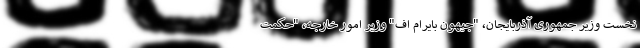
نخست وزیر جمهوری آذربایجان، "جیهون بایرام اف" وزیر امور خارجه، "حکمت